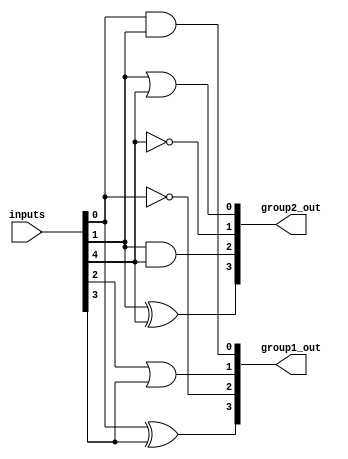
module overlapping_groups (
    input wire [7:0] inputs,       // 8-bit input vector
    output wire [3:0] group1_out,  // Output from Group 1
    output wire [3:0] group2_out    // Output from Group 2
);

// Group 1 Logic (e.g., AND and OR operations)
wire a, b, c, d;  // Internal signals for Group 1
assign a = inputs[0]; // Input from the vector
assign b = inputs[1]; // Input from the vector
assign c = inputs[2]; // Input from the vector
assign d = inputs[3]; // Input from the vector

// Logic function for Group 1 (Example: a AND b, c OR d)
assign group1_out[0] = a & b;        // Output 1: AND operation
assign group1_out[1] = c | d;        // Output 2: OR operation
assign group1_out[2] = ~a;           // Output 3: NOT operation
assign group1_out[3] = a ^ d;        // Output 4: XOR operation

// Group 2 Logic (e.g., OR and NOT operations) - overlaps with Group 1
wire e, f;  // Internal signals for Group 2
assign e = inputs[1]; // Shared input from Group 1
assign f = inputs[4]; // Different input from the vector

// Logic function for Group 2 (Example: e OR f, NOT e, etc.)
assign group2_out[0] = e | f;        // Output 1: OR operation
assign group2_out[1] = ~f;           // Output 2: NOT operation
assign group2_out[2] = e & f;        // Output 3: AND operation
assign group2_out[3] = e ^ f;        // Output 4: XOR operation

endmodule